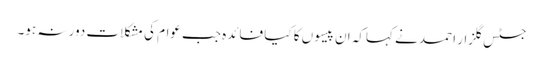
جسٹس گلزار احمد نے کہاکہ ان پیسوں کا کیا فائدہ جب عوام کی مشکلات دور نہ ہو۔